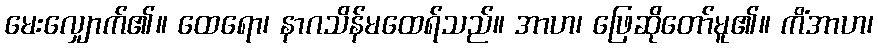
မေးလျှောက်၏။ ထေရော၊ နာဂသိန်မထေရ်သည်။ အာဟ၊ ဖြေဆိုတော်မူ၏။ ကိံအာဟ၊